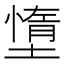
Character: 墯